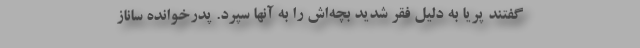
گفتند پریا به ‌دلیل فقر شدید بچه‌اش را به آنها سپرد. پدرخوانده ساناز